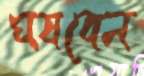
ঘষবেন